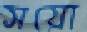
সয়ো